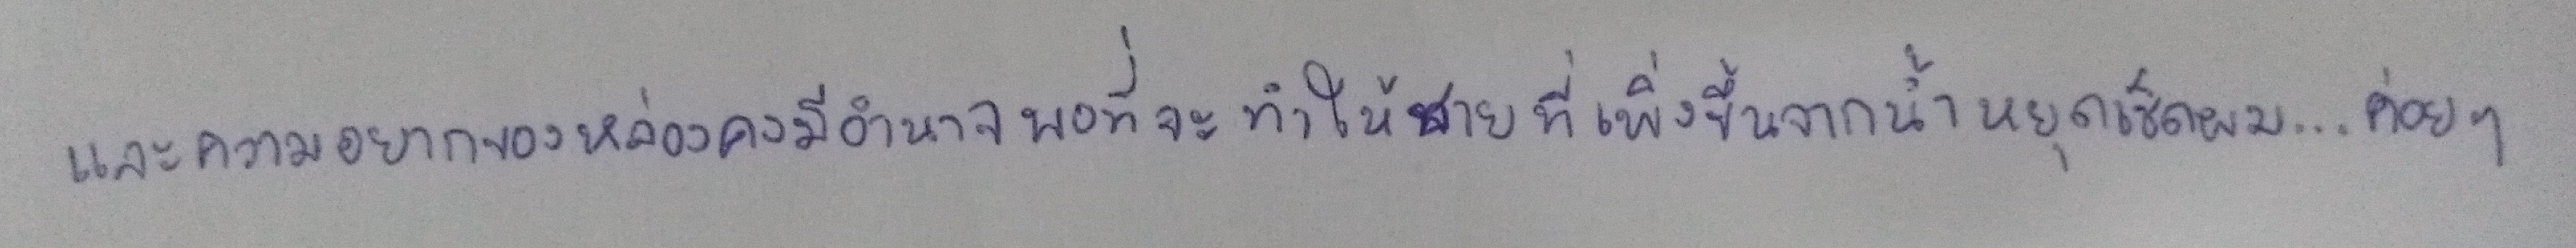
และความอยากของหล่อนคงมีอำนาจพอที่จะทำให้ชายที่เพิ่งขึ้นจากน้ำหยุดเช็ดผม...ค่อยๆ